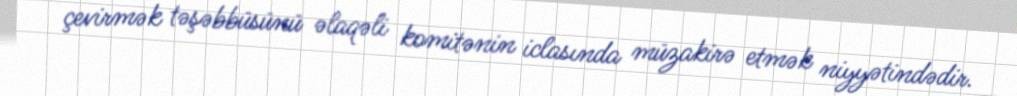
çevirmək təşəbbüsünü əlaqəli komitənin iclasında müzakirə etmək niyyətindədir.